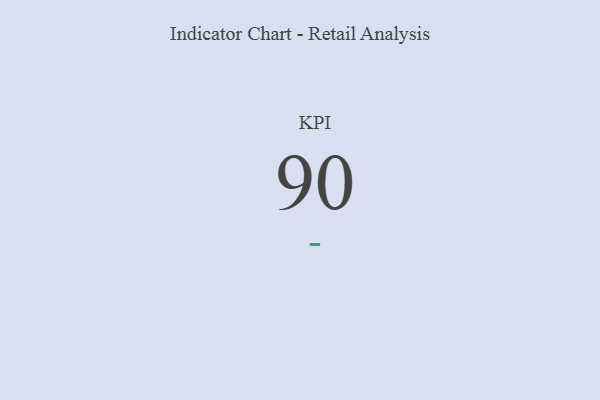
{"axis": {"x": "KPI", "y": "Value"}, "legend": [""], "data": [{"x": "KPI", "y": 90, "type": ""}]}